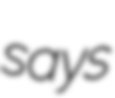
says